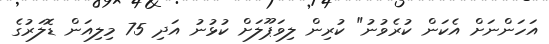
އަހަންނަށް އެކަން ކުރެވުނު" ކުރިން ލިވަޕޫލަށް ކުޅުނު އަދި 75 މިލިއަން ޑޮލަރުގެ